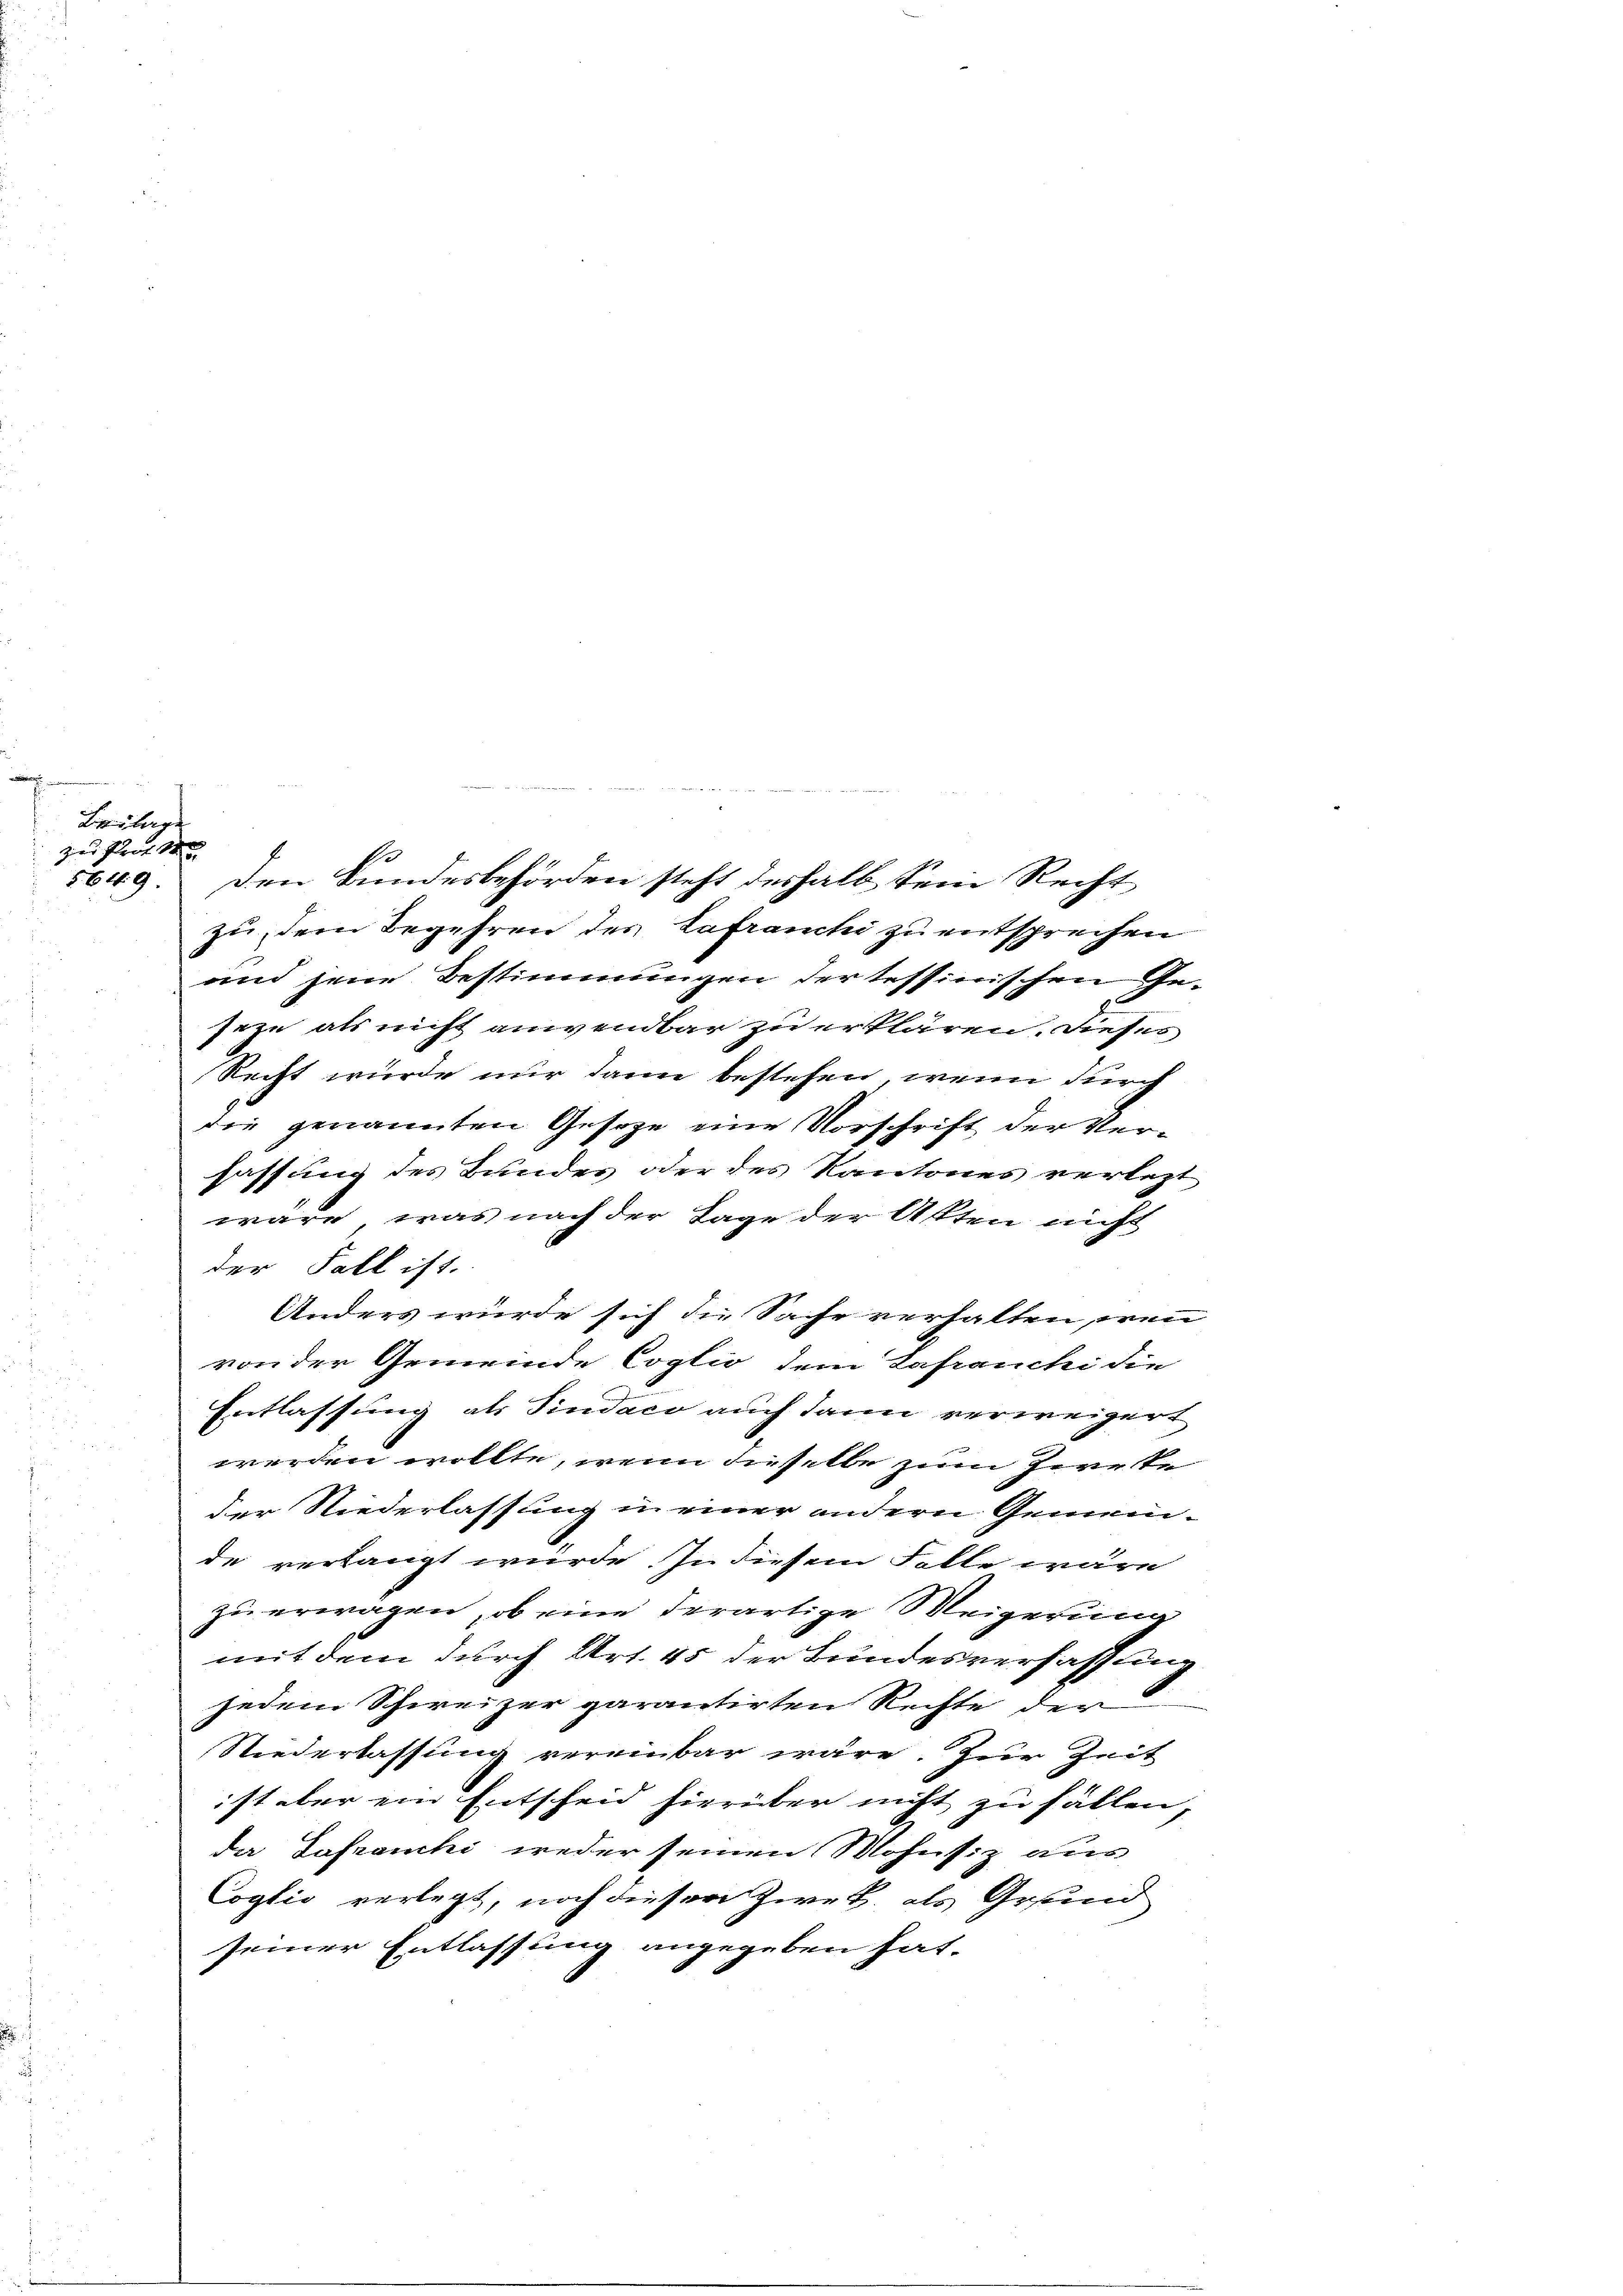
e
Beilage
zu freit de
d.

b
5649. Den Bundesbehörden steht deshalb sein Recht
zu, dem Begehren des Lafranchi zu entsprechen
und jene Bestimmungen der tessinischen Geseyn als nicht anwendbar zu erklären, dieses
Recht wurde nur dann bestehen, wenn durch
die genannten Gesage eine Vorschrift der Verfassung des Bundes oder des Kantones verletzt
wäre, was nach der Tage der Akten nicht
der Fall ist.
Anders würde sich die Sache verhalten, wenn
von der Gemeinde Coglio dem Tafranchi die
Entlassung als Sindaco auch dann verweigert
werden wollte, wenn dieselbe zum Zweke
der Niederlassung in einer andern Gemeinde verlangt würde. In diesem Falle wäre
zu erwagen, ob eine derartige Weigerung
mit dem durch Art. 45 der Bundesverfassung
jedem Schweizer garantirten Rechte der
Niederlassung vereinbar wäre. Zur Zeit
ist aber ein Entscheid hierüber nicht zu fällen,
da Gafranchi weder seinen Mohnsiz aus
Coglio verlegt, noch dieser Zwek. als Grund
seiner Entlassung angegeben hat.